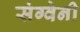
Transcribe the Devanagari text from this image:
संग्वेनी